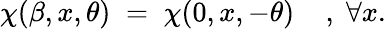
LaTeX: \chi(\beta,x,\theta)\; =\; \chi(0,x,-\theta)\; \; \; \; ,\; \forall x.